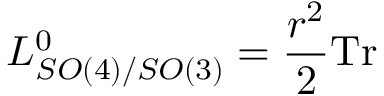
L _ { S O ( 4 ) / S O ( 3 ) } ^ { 0 } = { \frac { r ^ { 2 } } { 2 } } \mathrm { T r }